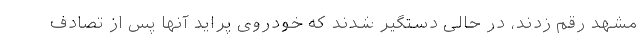
مشهد رقم زدند، در حالی دستگیر شدند که خودروی پراید آنها پس از تصادف